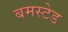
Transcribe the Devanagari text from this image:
बमस्टेड